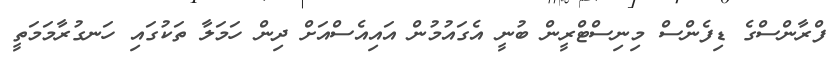
ފްރާންސްގެ ޑިފެންސް މިނިސްޓްރީން ބުނީ އެގައުމުން އައިއެސްއަށް ދިން ހަމަލާ ތަކުގައި ހަނގުރާމަމަތީ